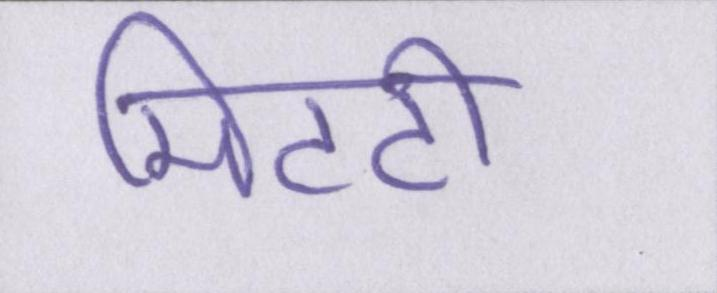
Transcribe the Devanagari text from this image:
मिटटी